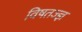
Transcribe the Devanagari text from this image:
विषतज्‍ज्ञ